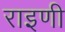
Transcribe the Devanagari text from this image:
राइणी